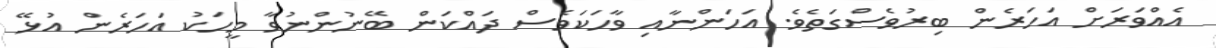
އެއްވަރަށް އަހަރެން ބިރުވެސްގަތެވެ. އަހަންނާއި ވާހަކަވެސް ދައްކަން ބޭނުންނުވާ މީހަކު އަހަރެން އުޅޭ